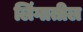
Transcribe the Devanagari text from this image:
लिंगातील